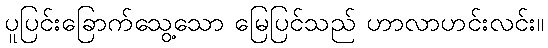
ပူပြင်းခြောက်သွေ့သော မြေပြင်သည် ဟာလာဟင်းလင်း။